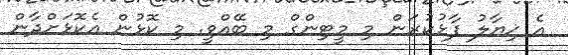
އެ ޚިޔާލު ފާޅުކުރަން މި މީޓިންގް މި ބޭއްވީ. މި ކޮޅުން އެކޮޅަށްދާން